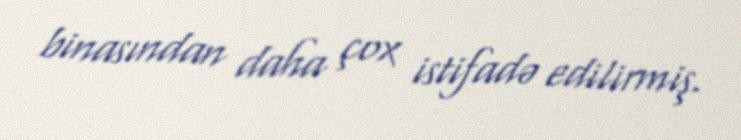
binasından daha çox istifadə edilirmiş.